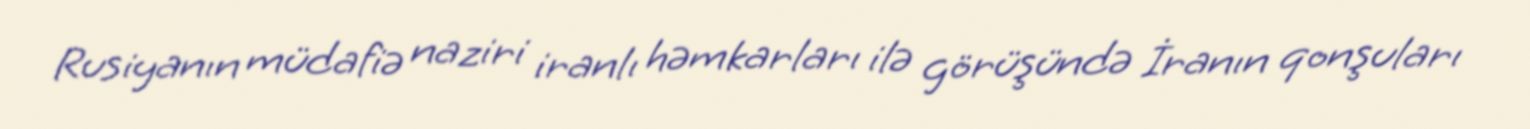
Rusiyanın müdafiə naziri iranlı həmkarları ilə görüşündə İranın qonşuları